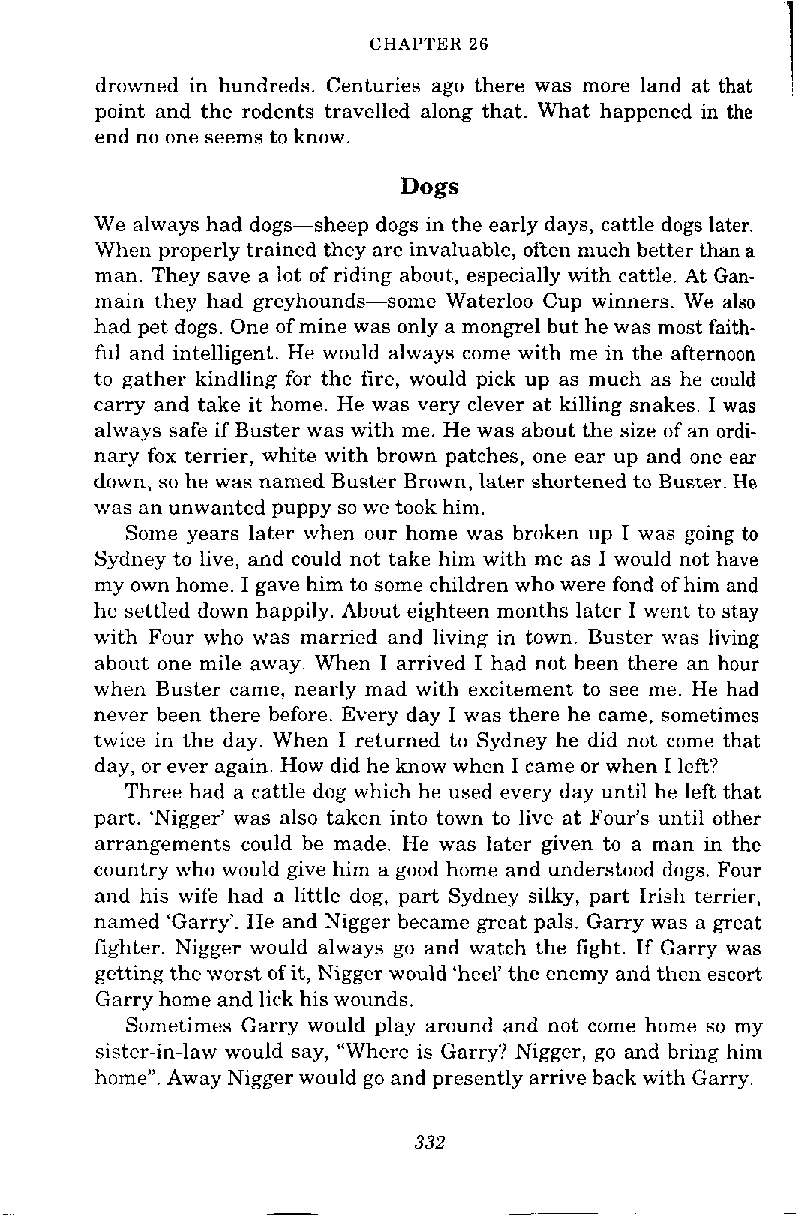
CHAPTER 26
 I
 drowned in hundreds. Centuries ago there was more land at that I
 point and the rodents travelled along that. What happened in the
 end no one seems to know.
 Dogs
 We always had dogs-sheep dogs in the early days, cattle dogs later.
 When properly trained they are invaluable, often much better than a
 man. They save a lot of riding about, especially with cattle. At Gan-
 main they had greyhounds-some Waterloo Cup winners. We also
 had pet dogs. One of mine was only a mongrel but he was most faith-
 ful and intelligent. He would always come with me in the afternoon
 to gather kindling for the fire, would pick up as much as he could
 carry and take it home. He was very clever at killing snakes. I was
 always safe if Buster was with me. He was about the size of an ordi-
 nary fox terrier, white with brown patches, one ear up and one ear
 down, so he was named Buster Brown, later shortened to Buster. He
 was an unwanted puppy so we took him.
 Some years later when our home was broken up I was going to
 Sydney to live, and could not take him with me as I would not have
 my own home. I gave him to some children who were fond of him and
 he settled down happily. About eighteen months later I went to stay
 with Four who was married and living in town. Buster was living
 about one mile away. When I arrived I had not been there an hour
 when Buster came, nearly mad with excitement to see me. He had
 never been there before. Every day I was there he came, sometimes
 twice in the day. When I returned to Sydney he did not come that
 day, or ever again. How did he know when I came or when I left?
 Three had a cattle dog which he used every day until he left that
 part. 'Nigger' was also taken into town to live at Four's until other
 arrangements could be made. He was later given to a man in the
 country who would give him a good home and understood dogs. Four
 and his wife had a little dog, part Sydney silky, part Irish terrier,
 named 'Garry'. He and Nigger became great pals. Garry was a great
 tighter. Nigger would always go and watch the fight. If Garry was
 getting the worst of it, Nigger would 'heel' the enemy and then escort
 Garry home and lick his wounds.
 Sometimes Garry would play around and not come home so my
 sister-in-law would say, "Where is Garry? Nigger, go and bring him
 home". Away Nigger would go and presently arrive back with Garry.